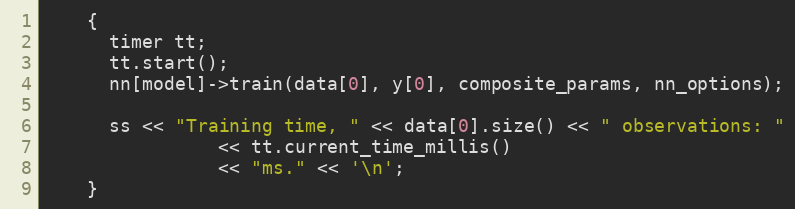
Language: C++
    {
      timer tt;
      tt.start();
      nn[model]->train(data[0], y[0], composite_params, nn_options);

      ss << "Training time, " << data[0].size() << " observations: "
                << tt.current_time_millis()
                << "ms." << '\n';
    }